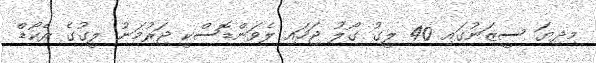
މިދިޔަ ސީޒަނުގައި 40 ލީގު ގޯލު ޖަހައި ލެވަންޑޮސްކީ ޖަރުމަނު ލީގުގެ ރެކޯޑް